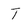
Character: T